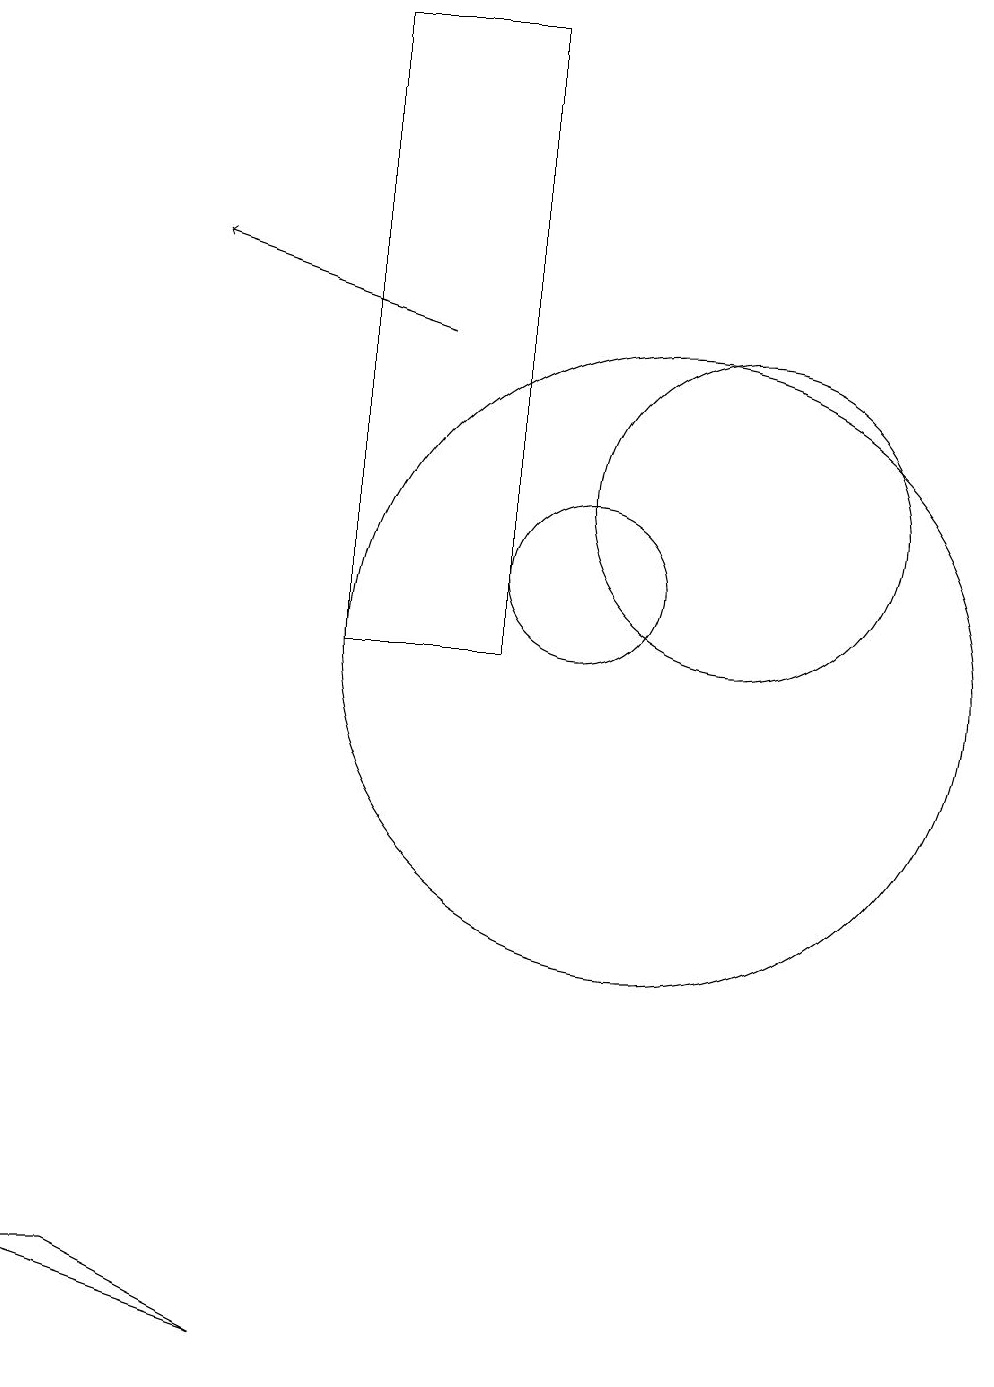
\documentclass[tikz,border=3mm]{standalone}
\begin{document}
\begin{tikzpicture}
\draw (12,12) circle (0);
\draw (12,12) circle (2);
\draw (3,2) -- (4,2) -- (6,1) -- cycle;
\draw (10,11) circle (1);
\draw[->] (8,14) -- (5,15);
\draw (11,10) circle (4);
\draw (7,18) rectangle (9,10);
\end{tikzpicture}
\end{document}